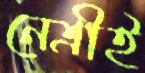
নেত্রীই